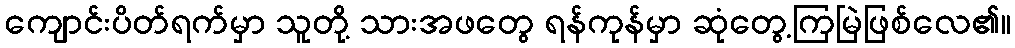
ကျောင်းပိတ်ရက်မှာ သူတို့ သားအဖတွေ ရန်ကုန်မှာ ဆုံတွေ့ကြမြဲဖြစ်လေ၏။